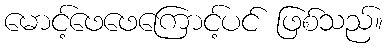
မောင့်ဖေဖေကြောင့်ပင် ဖြစ်သည်။